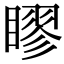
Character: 𥉾